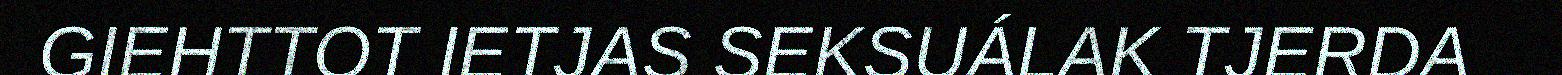
GIEHTTOT IETJAS SEKSUÁLAK TJERDA